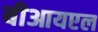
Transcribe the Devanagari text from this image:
बीआयएल